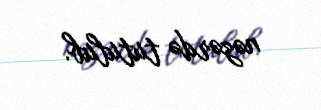
nəzərdə tutulub.